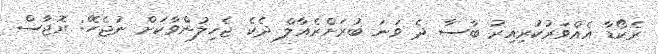
ރެކޯޑާ އެއްވަރުކުރިއިރު ބާސާ ދެ ވަނަ ބުރަށްރެއާލް ދެކެ ޖެހިލުންވާކަށް ނުޖެހޭ: ރޮޖާސް